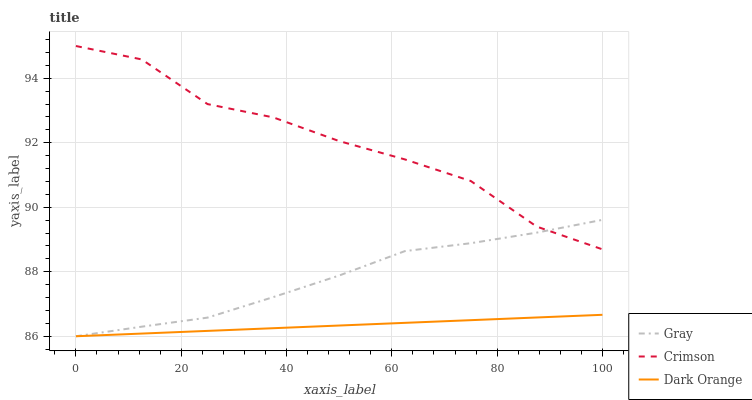
| xaxis_label | Gray | Crimson | Dark Orange |
 | --- | --- | --- | --- |
 | 0 | 86 | 95 | 86 |
 | 12.5 | 86.3 | 94.6 | 86.1 |
 | 25 | 86.6 | 93.2 | 86.2 |
 | 37.5 | 87.2 | 92.8 | 86.2 |
 | 50 | 87.9 | 92.1 | 86.3 |
 | 62.5 | 88.6 | 91.5 | 86.4 |
 | 75 | 88.9 | 90.8 | 86.5 |
 | 87.5 | 89.2 | 89.4 | 86.6 |
 | 100 | 89.6 | 88.7 | 86.7 |